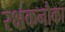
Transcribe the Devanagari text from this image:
रक्षकनौका